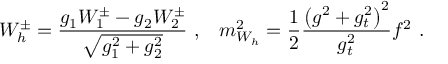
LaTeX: W _ { h } ^ { \pm } = \frac { g _ { 1 } W _ { 1 } ^ { \pm } - g _ { 2 } W _ { 2 } ^ { \pm } } { \sqrt { g _ { 1 } ^ { 2 } + g _ { 2 } ^ { 2 } } } \, \, , \; \; \; m _ { W _ { h } } ^ { 2 } = \frac { 1 } { 2 } \frac { \left( g ^ { 2 } + g _ { t } ^ { 2 } \right) ^ { 2 } } { g _ { t } ^ { 2 } } f ^ { 2 } \, \, .